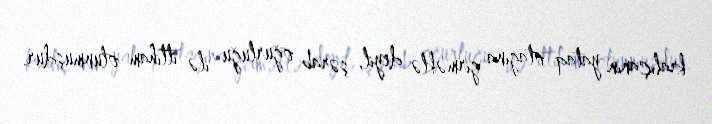
kraliçanın yataq otağına girməklə deyil, şərab oğurluğu ilə ittiham olunmuşdur.